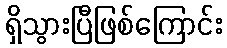
ရှိသွားပြီဖြစ်ကြောင်း